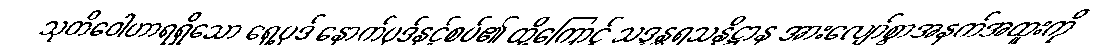
သုတိဝေါဟာရရှိသော ရှေ့ပုဒ် နောက်ပုဒ်နှင့်စပ်၏ ထို့ကြောင့် သဒ္ဒန္တရသန္နိဋ္ဌာန အားလျော်စွာအနက်အထူးကို